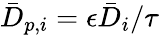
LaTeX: \bar{D}_{p,i}=\epsilon\bar{D}_{i}/\tau